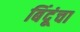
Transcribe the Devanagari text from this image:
बिंदूंचा